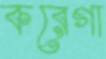
করেগা